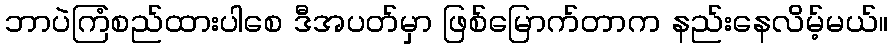
ဘာပဲကြံစည်ထားပါစေ ဒီအပတ်မှာ ဖြစ်မြောက်တာက နည်းနေလိမ့်မယ်။